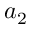
a _ { 2 }